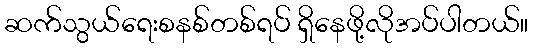
ဆက်သွယ်ရေးစနစ်တစ်ရပ် ရှိနေဖို့လိုအပ်ပါတယ်။